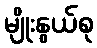
မျိုးနွယ်စု